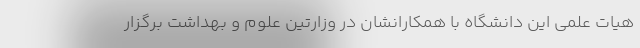
هیات علمی این دانشگاه با همکارانشان در وزارتین علوم و بهداشت برگزار